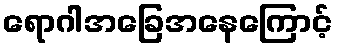
ရောဂါအခြေအနေကြောင့်